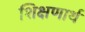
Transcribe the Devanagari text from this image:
शिक्षणार्थ